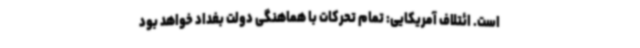
است. ائتلاف آمریکایی: تمام تحرکات با هماهنگی دولت بغداد خواهد بود